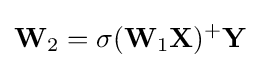
\mathbf {W} _{2}=\sigma (\mathbf {W} _{1}\mathbf {X} )^{+}\mathbf {Y}